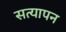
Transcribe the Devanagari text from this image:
सत्‍यापन